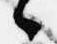
々